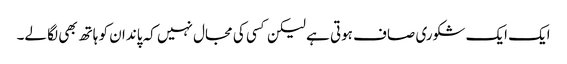
ایک ایک شکوری صاف ہوتی ہے لیکن کسی کی مجال نہیں کہ پاندان کو ہاتھ بھی لگا لے۔